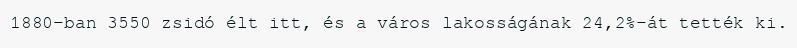
1880-ban 3550 zsidó élt itt, és a város lakosságának 24,2%-át tették ki.